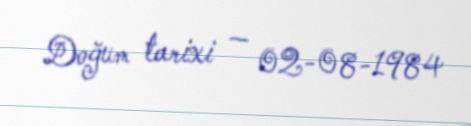
Doğum tarixi — 02-08-1984